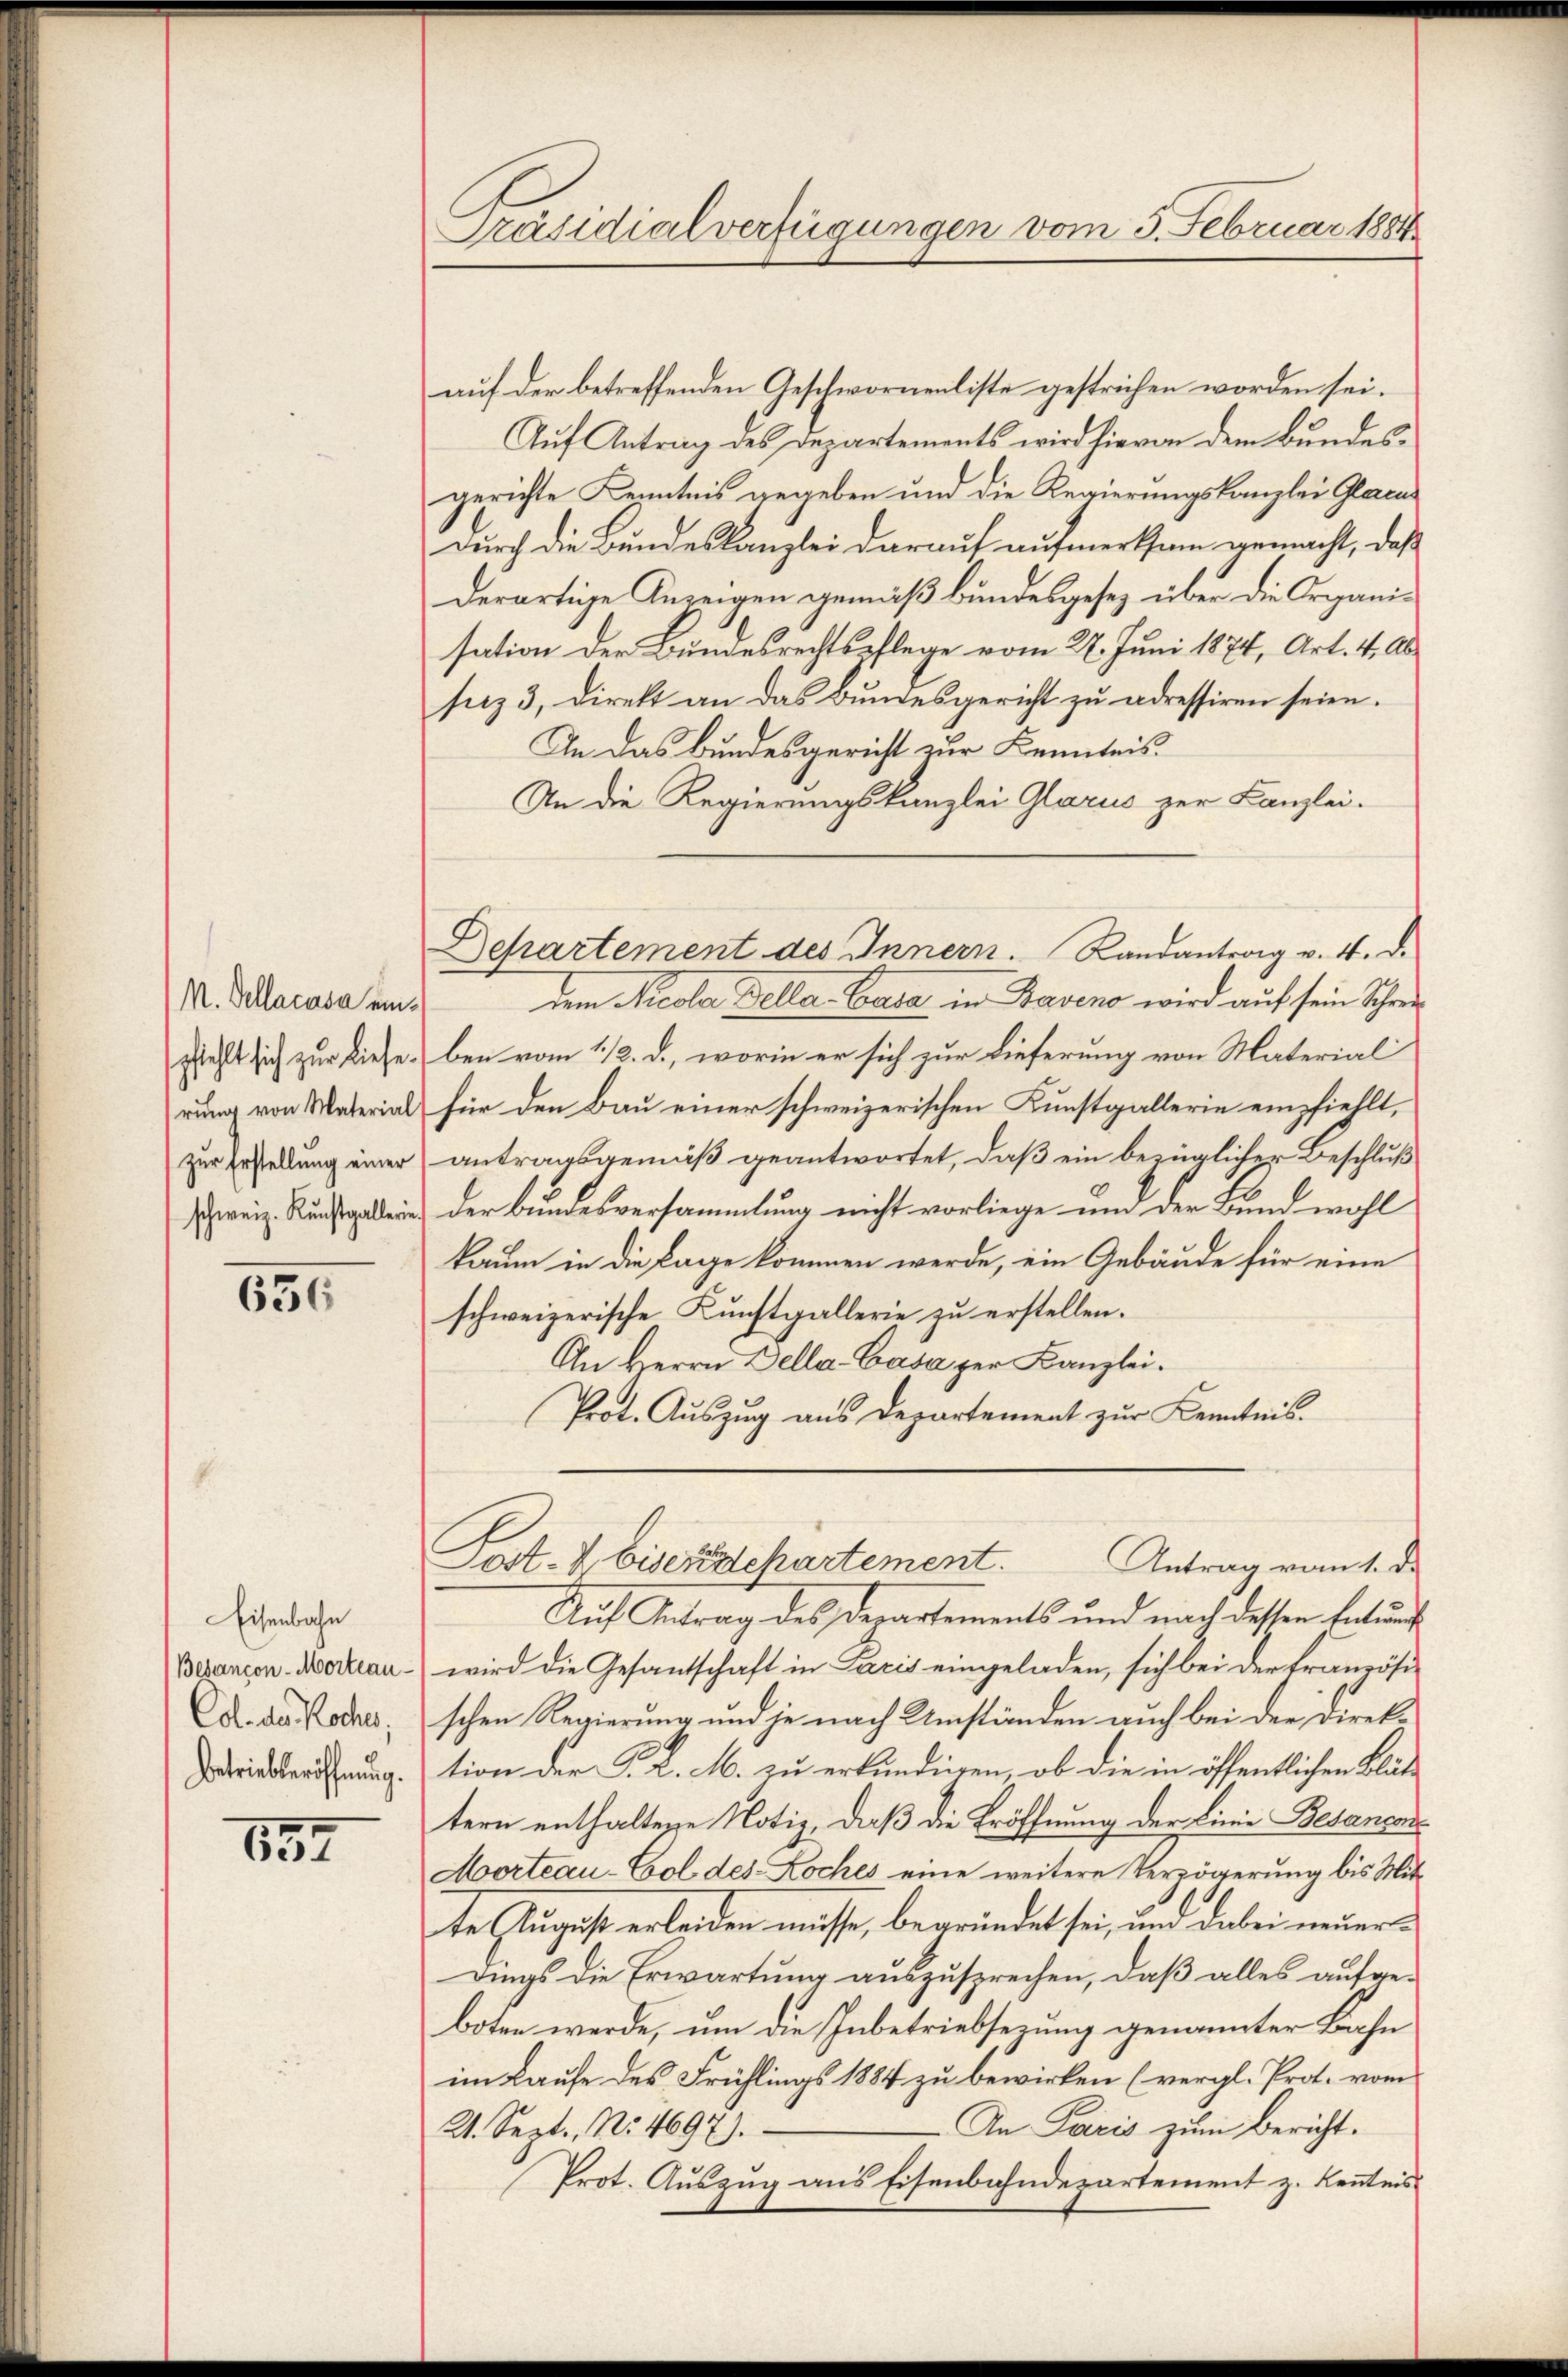
M. Sellacasa einzur Erstellung einer

650

Eisenbahn
Col. des Rochen,
Betriebteröffnung.

657

Präsidialverfügungen vom 5. Februar 1884

auf der betreffenden Geschwornenliste gestrichen worden sei.
Auf Antrag des Departements wird hievon dem Bundesgerichte Kenntnis gegeben und die Regierungskanzlei Glacu
durch die Bundeskanzlei darauf aufmerksam gemacht, daß
derartige Anzeigen gemäß kundesgesez über die Organisation der Bundesrechtspflege vom 27. Juni 1874, Art. 4. Absez 3, direkt an das Bundesgericht zu adressiren seien.
In das Bundesgericht zur Kenntnis.
An die Regierungskanzlei Glarus zur Kanzlei.
dem Nicola della Cata in Baveno wird auf sein Schreisfehlt sich zur Liese ben vom 11/2. d., worin er sich zur Lieferung von Material
rung von Material für den Bau einer schweizerischen Kunstgallerie empfiehlt,
antragsgemäß geantwortet, daß ein bezüglicher Beschluß
weiz. Kunstgelei der Bundesversammlung nicht vorliege und der Bund wohl
kaum in die Lage kommen werde, ein Gebäude für eine
schweizerische Kunstgallerie zu erstellen.
An Herrn Della-Casa zur Kanzlei.
Prot. Auszug aus Departement zur Kenntnis.
Post- & Eisenschartement.
Antrag vom 1. d.
Auf Antrag des Derartements und nach dessen Entwurf
Bepanzen-Moreau wird die Gesantschaft in Paris eingeladen, sich bei der Französischen Regierung und je nach Umständen auch bei der Direktion der P. L. M. zu erkundigen, ob die in öffentlichen Blät
tern enthaltene Notiz, daß die Eröffnung der Linie Besançons
Morteau-Col des Koches eine weitere Verzögerung bis Mitte August erleiden müsse, begründet sei, und dabei neuerdings die Erwartung auszusprechen, daß alles aufgeboten werde, um die Inbetriebserung genannter Bahn
im Laufe des Frühlings 1884 zu bewirken (vergl. Prot. vom
An Paris zum Bericht.
21. Sept., No. 4697).
Prot. Auszug aus Eisenbahndepartement z. Kenntnis

Departement des Innern. Randantrag v. 4. d.